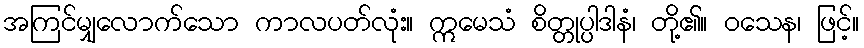
အကြင်မျှလောက်သော ကာလပတ်လုံး။ ဣမေသံ စိတ္တုပ္ပါဒါနံ၊ တို့၏။ ဝသေန၊ ဖြင့်။